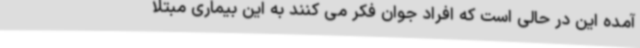
آمده این در حالی است که افراد جوان فکر می کنند به این بیماری مبتلا